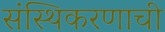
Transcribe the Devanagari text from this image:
संस्थिकरणाची